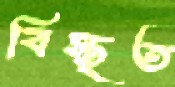
বিস্তৃত